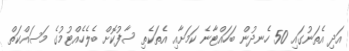
އަދި އެތަނުގައި 50 ހެނދުން ބަހައްޓާނެ ކަމަށާއި އެތަކެތި ސާފުކޮށް ބެލެހެއްޓުމުގެ މަސައްކަތް